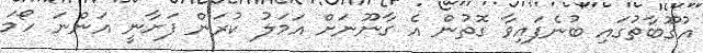
އުގޫބާތުގައި ބުނެފައިވާ ގޮތުން އެ ގާނޫނަށް އަމަލު ކުރަން ފަށާނީ އަންނަ ހޯމަ